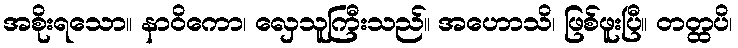
အစိုးရသော။ နာဝိကော၊ လှေသူကြီးသည်။ အဟောသိ၊ ဖြစ်ဖူးပြီ။ တတ္ထပိ၊